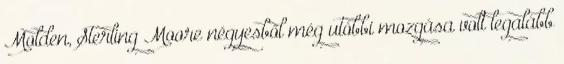
Molden, Sterling Moore négyesből még utóbbi mozgása volt legalább